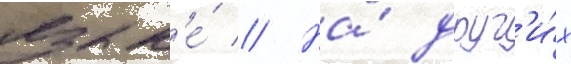
язык'е́ // На́ друг'и́х